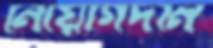
নিয়োগদান